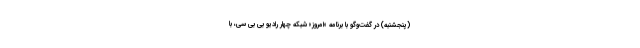
(پنجشنبه) در گفت‌وگو با برنامه «امروز» شبکه چهار رادیو بی بی سی، با